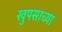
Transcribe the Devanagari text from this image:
खुपसाच्या